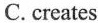
C.creates